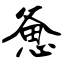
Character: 惫